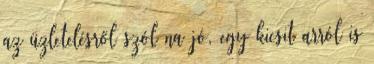
az üzletelésről szól na jó, egy kicsit arról is